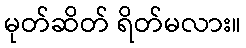
မုတ်ဆိတ် ရိတ်မလား။